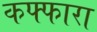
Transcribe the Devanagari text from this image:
कफ्फारा